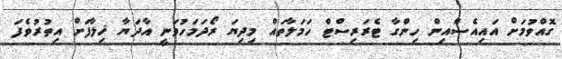
ގޮއްވުމަށް އައިއެސްއިން ހިންގާ ޓެރަރިސްޓް ހަމަލާތައް މިދިޔަ ރޯދަމަހުވަނީ އާދަޔާ ޚިލާފަށް އިތުރުވެފަ